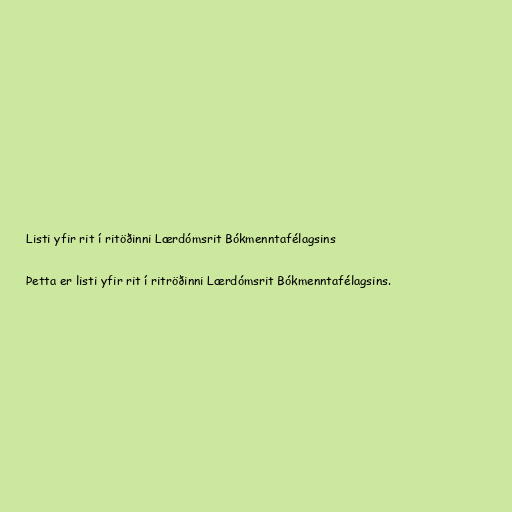
Listi yfir rit í ritöðinni Lærdómsrit Bókmenntafélagsins

Þetta er listi yfir rit í ritröðinni Lærdómsrit Bókmenntafélagsins.